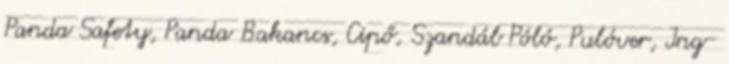
Panda Safety, Panda Bakancs, Cipő, Szandál Póló, Pulóver, Ing-